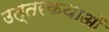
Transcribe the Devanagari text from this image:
उत्तरकथाओँ